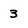
Character: 3